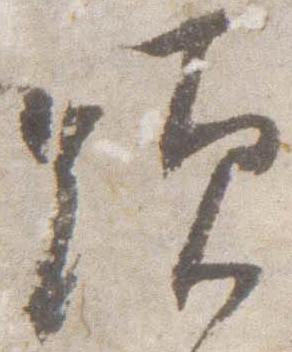
顕